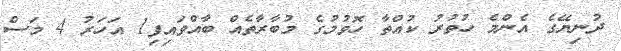
ދުނިޔޭގެ އެންމެ ހުތުރު ކުއްތާ ހޮވުމުގެ މުބާރާތެއް ބާއްވައިފި1 އަހަރު 4 މަސް